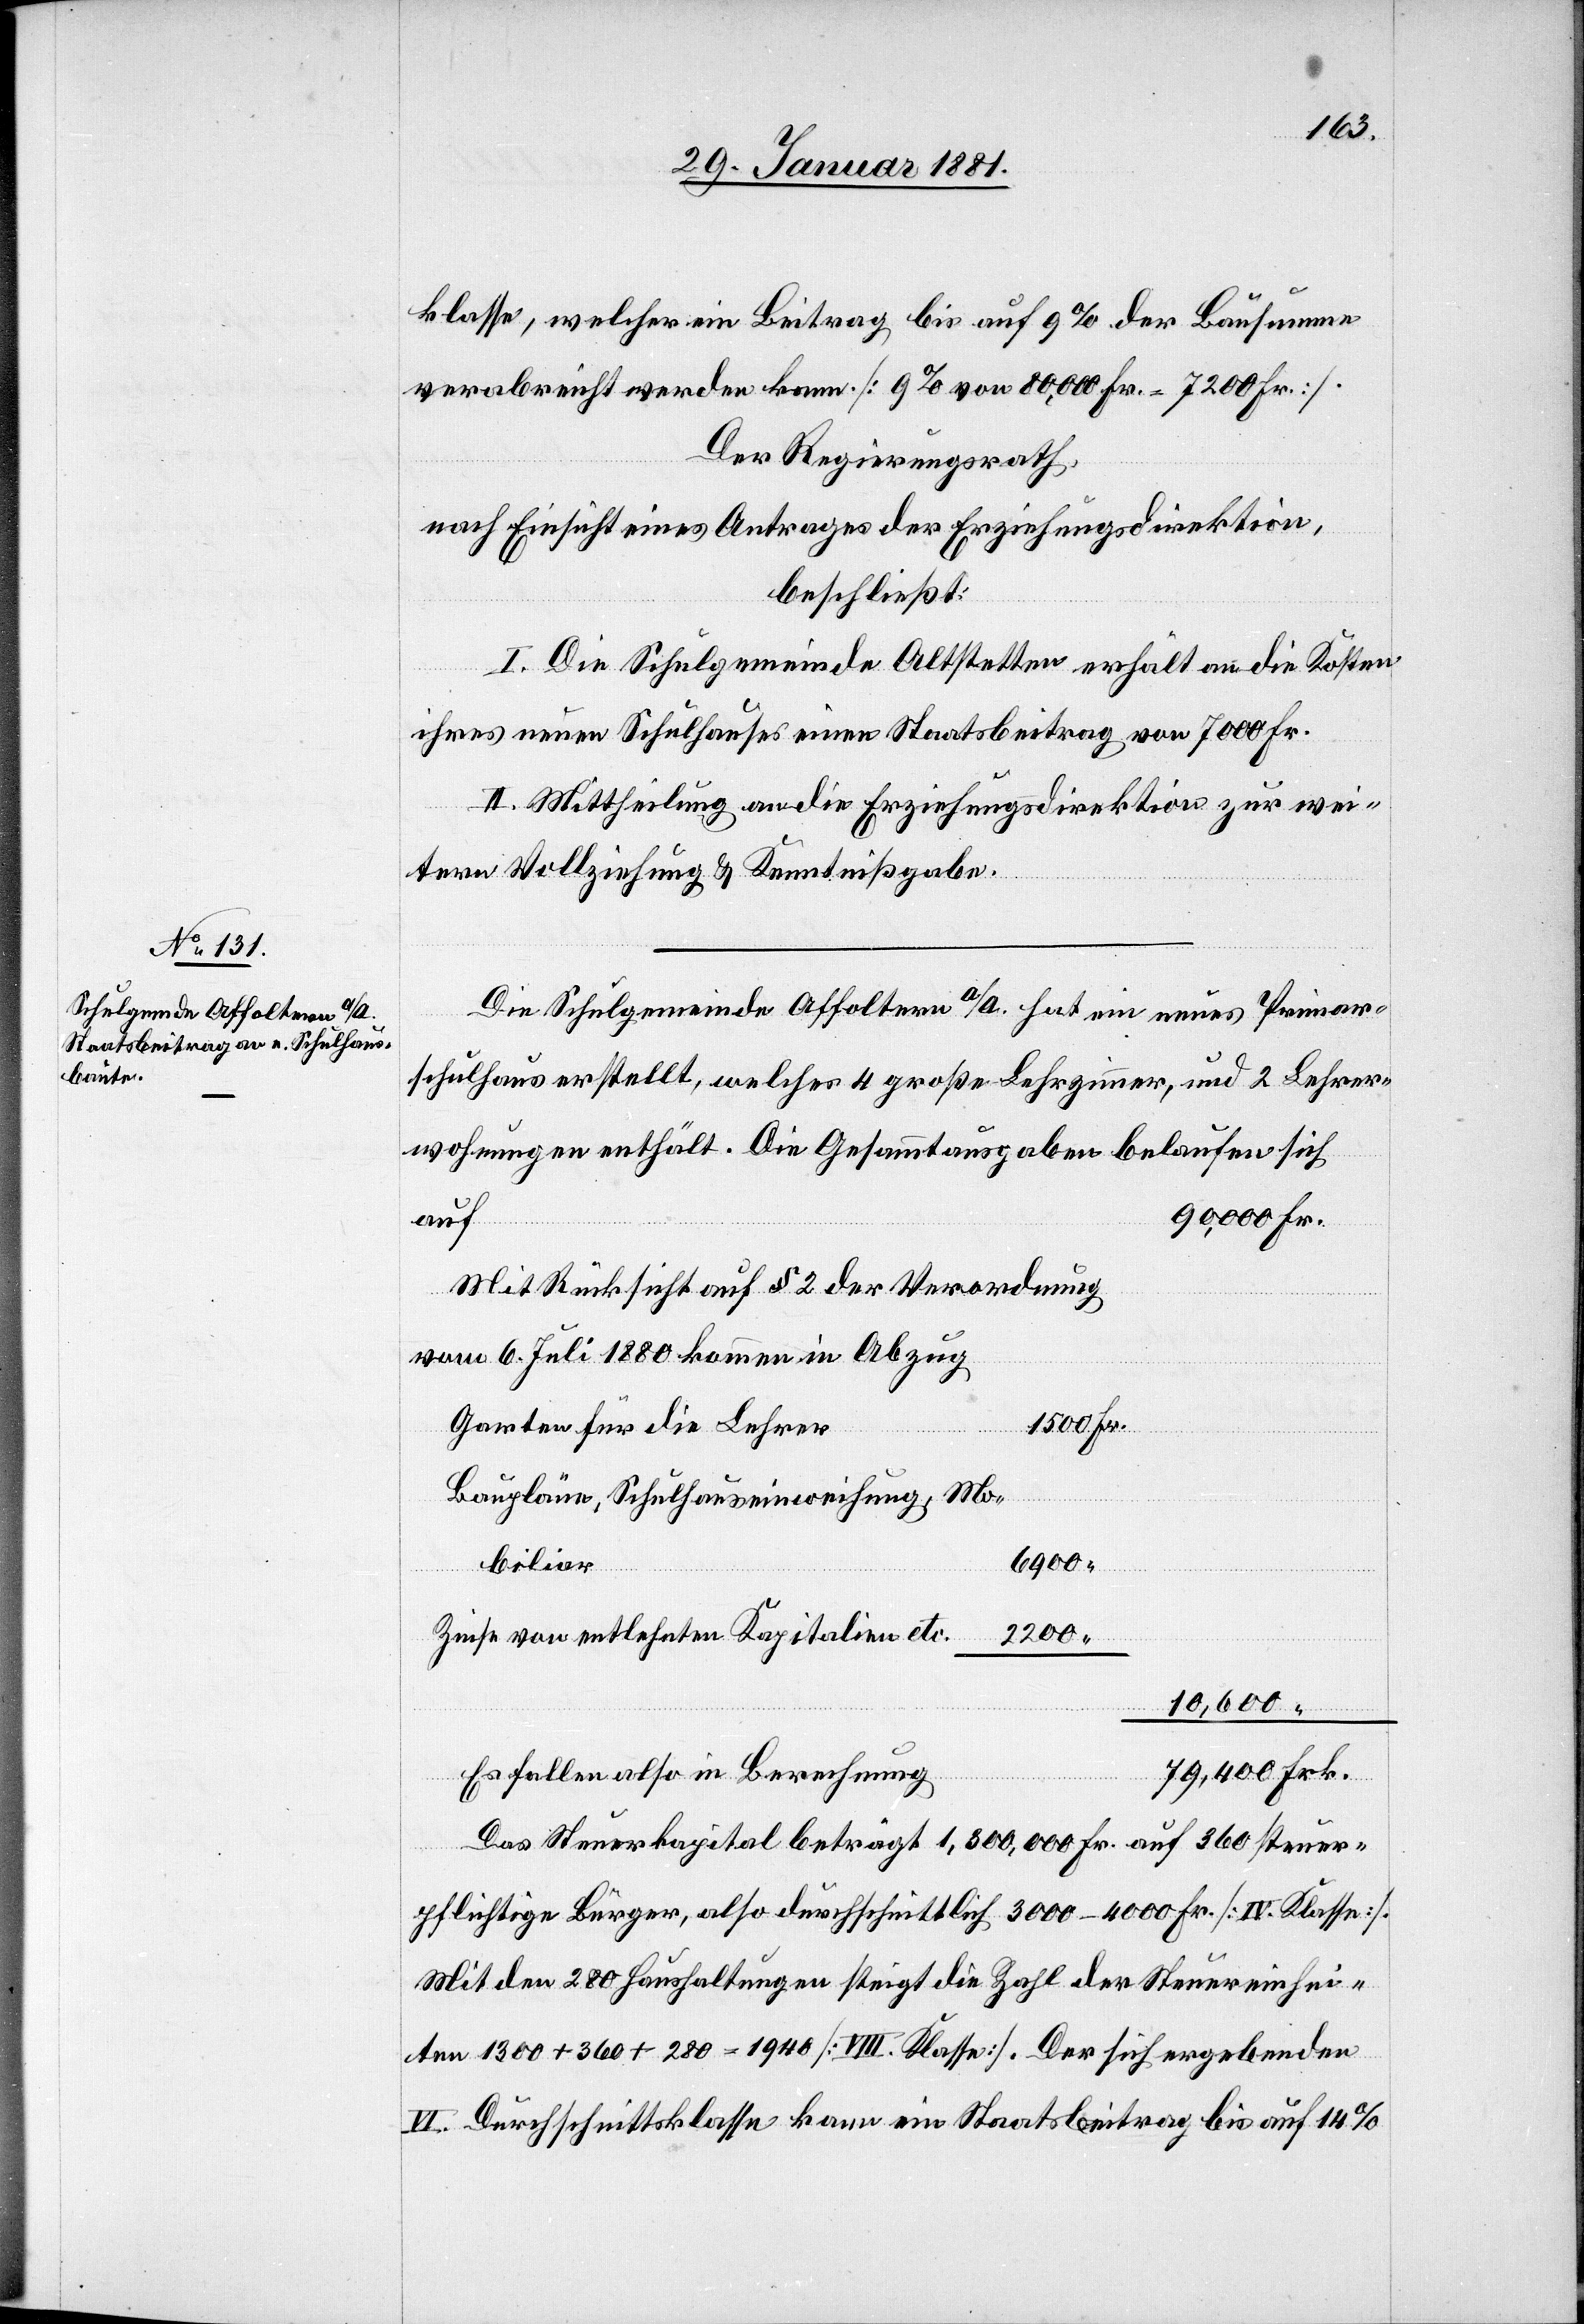
klasse, welcher ein Beitrag bis auf 9% der Bausumme
verabreicht werden kann [9% von 80,000 Fr. = 7200 Fr.].
Der Regierungsrath,
nach Einsicht eines Antrages der Erziehungsdirektion,
beschließt:
I. Die Schulgemeinde Altstetten erhält an die Kosten
ihres neuen Schulhauses einen Staatsbeitrag von 7000 Fr.
II. Mittheilung an die Erziehungsdirektion zur wei¬
tern Vollziehung & Kenntnißgabe.
Die Schulgemeinde Affoltern a/A. hat ein neues Primar¬
schulhaus erstellt, welches 4 große Lehrzimmer, und 2 Lehrer¬
auf
Mit Rücksicht auf § 2 der Verordnung
vom 6. Juli 1880 kommen in Abzug
1500
Fr.
Garten für die Lehrer
Baupläne, Schulhauseinweihung, Mo¬
6900
biliar
Frk.
Zinse von entlehnten Kapitalien etc.
2200
10,600
“
Es fallen also in Berechnung
Das Steuerkapital beträgt 1,300,000 Fr. auf 360 steuer¬
pflichtige Bürger, also durchschnittlich 3000–4000 Fr. [IV. Klasse].
Mit den 280 Haushaltungen steigt die Zahl der Steuereinhei¬
ten 1300 + 360 + 280 = 1940 [VIII. Klasse]. Der sich ergebenden
VI. Durchschnittsklasse kann ein Staatsbeitrag bis auf 14%